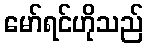
မော်ရင်ဟိုသည်